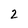
Character: 2